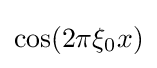
\cos(2\pi \xi _{0}x)